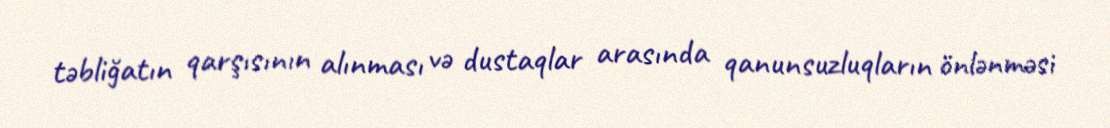
təbliğatın qarşısının alınması və dustaqlar arasında qanunsuzluqların önlənməsi